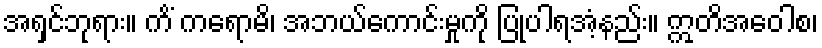
အရှင်ဘုရား။ ကိံ ကရောမိ၊ အဘယ်ကောင်းမှုကို ပြုပါရအံ့နည်း။ ဣတိအဝေါစ၊